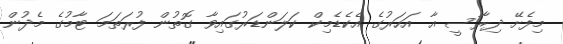
މިފެށޭ ދިރާސީ އާ އަހަރުގެ އެކެޑެމިކް ކަލަންޑަރުގައިވާ ގޮތުން ފުރަތަމަ ޓާމުގެ މެދުން